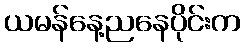
ယမန်နေ့ညနေပိုင်းက